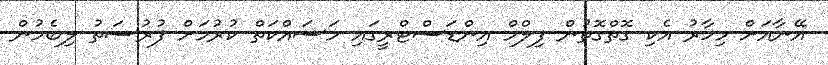
އޭނާއަށް މިހާރު އެކި ގޮތްގޮތުން ފިލްމް އިންޑަސްޓްރީގައި މަސައްކަތް ކުރުމަށް ފުުރުސަތު ލިބެމުން